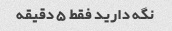
نگه دارید فقط 5 دقیقه